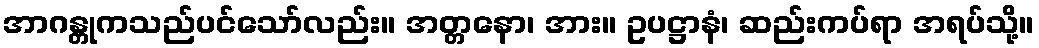
အာဂန္တုကသည်ပင်သော်လည်း။ အတ္တနော၊ အား။ ဥပဋ္ဌာနံ၊ ဆည်းကပ်ရာ အရပ်သို့။